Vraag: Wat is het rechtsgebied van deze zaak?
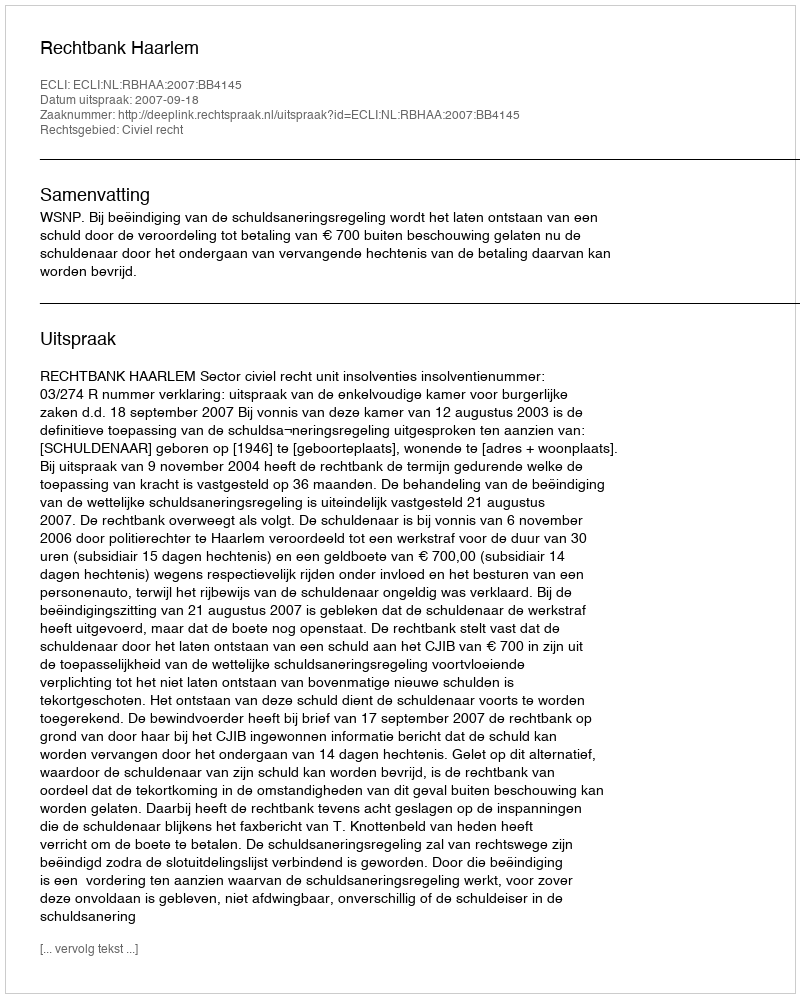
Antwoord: Civiel recht